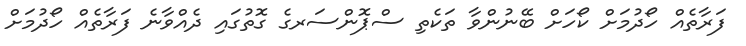
ފަރާތެއް ހޯދުމަށް ކޯހަށް ބޭނުންވާ ތަކެތި ސްޕޮންސަރގެ ގޮތުގައި ދެއްވާނެ ފަރާތެއް ހޯދުމަށް